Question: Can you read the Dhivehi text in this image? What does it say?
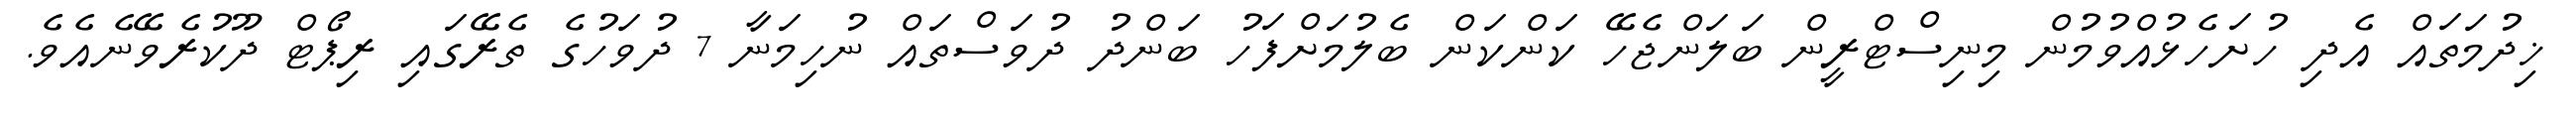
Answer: ޚިދުމަތައް އެދި ހުށަހެޅުއްވުމުން މިނިސްޓްރީން ބަލަންޖެހޭ ކަންކަން ބެލުމަށްފަހު ބަންދު ދުވަސްތައް ނުހިމަނާ 7 ދުވަހުގެ ތެރޭގައި ރިޕޯޓް ދޫކުރެވޭނެއެވެ.